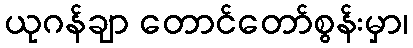
ယုဂန်ချာ တောင်တော်စွန်းမှာ၊